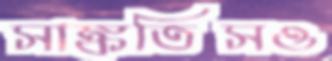
সাঙ্কতিসও